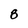
Character: 8